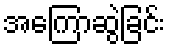
အကြောဆွဲခြင်း